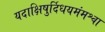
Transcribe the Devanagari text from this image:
यदाक्षिषुर्दिधयमंमश्वा